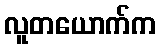
လူတယောက်က